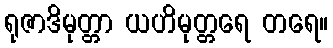
ရုဇာဒိမုတ္တာ ယဟိမုတ္တရေ တရေ။